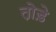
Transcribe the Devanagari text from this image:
तो़ड़े